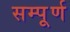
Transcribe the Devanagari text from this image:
सम्पूूूर्ण